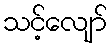
သင့်လျော်